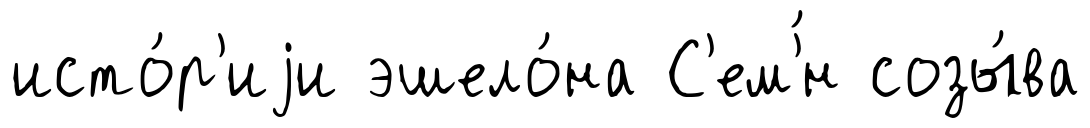
исто́р'иjи эшело́на С'ем'́н созы́ва